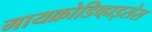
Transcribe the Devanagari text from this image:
मायक्रोडिव्हाइसेस